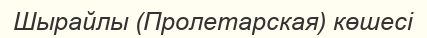
Шырайлы (Пролетарская) көшесі